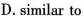
D. similar to